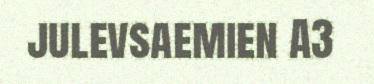
julevsaemien A3